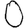
Digit: 0